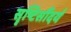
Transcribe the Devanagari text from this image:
सॄष्टिसौंदर्य